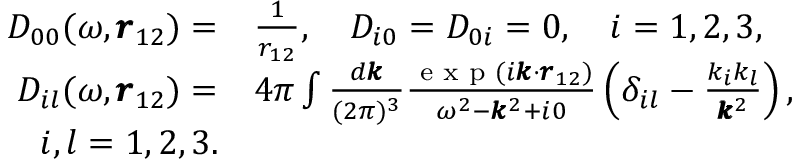
\begin{array} { r l } { D _ { 0 0 } ( \omega , \pmb { r } _ { 1 2 } ) = } & { { } \frac { 1 } { r _ { 1 2 } } , \quad D _ { i 0 } = D _ { 0 i } = 0 , \quad i = 1 , 2 , 3 , } \\ { D _ { i l } ( \omega , \pmb { r } _ { 1 2 } ) = } & { { } 4 \pi \int \frac { d \pmb { k } } { ( 2 \pi ) ^ { 3 } } \frac { \textrm { e x p } ( i \pmb { k } \cdot \pmb { r } _ { 1 2 } ) } { \omega ^ { 2 } - \pmb { k } ^ { 2 } + i 0 } \left( \delta _ { i l } - \frac { k _ { i } k _ { l } } { \pmb { k } ^ { 2 } } \right) , } \\ { i , l = 1 , 2 , 3 . } \end{array}